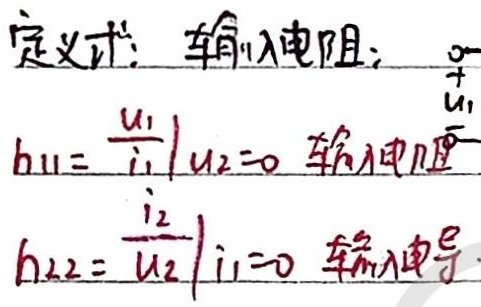
定义式：输入电阻：
\(h_{11}=\left.\frac{u_1}{i_1}\right|_{u_2 = 0}\) 输入电阻
\(h_{22}=\left.\frac{i_2}{u_2}\right|_{i_1 = 0}\) 输出电导